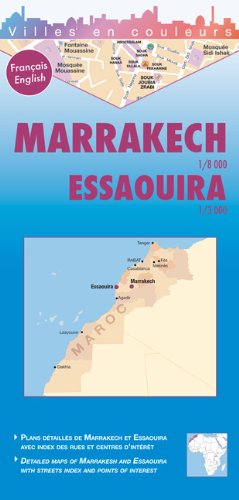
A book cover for Marrakech and Environs and Essaouira: KANE.60; Travel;